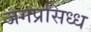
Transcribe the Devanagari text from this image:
जगप्रसिध्ध